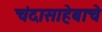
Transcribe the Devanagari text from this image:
चंदासाहेबाचे